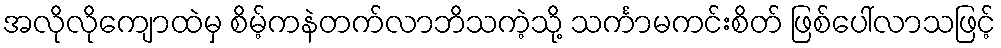
အလိုလိုကျောထဲမှ စိမ့်ကနဲတက်လာဘိသကဲ့သို့ သင်္ကာမကင်းစိတ် ဖြစ်ပေါ်လာသဖြင့်